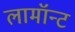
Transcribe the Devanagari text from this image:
लामॉन्ट